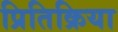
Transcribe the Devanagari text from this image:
प्रितिक्रिया